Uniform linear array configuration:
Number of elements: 64
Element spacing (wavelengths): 0.25
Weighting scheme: blackman
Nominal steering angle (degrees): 60
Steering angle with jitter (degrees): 59.341
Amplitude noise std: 0.05
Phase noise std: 0.05

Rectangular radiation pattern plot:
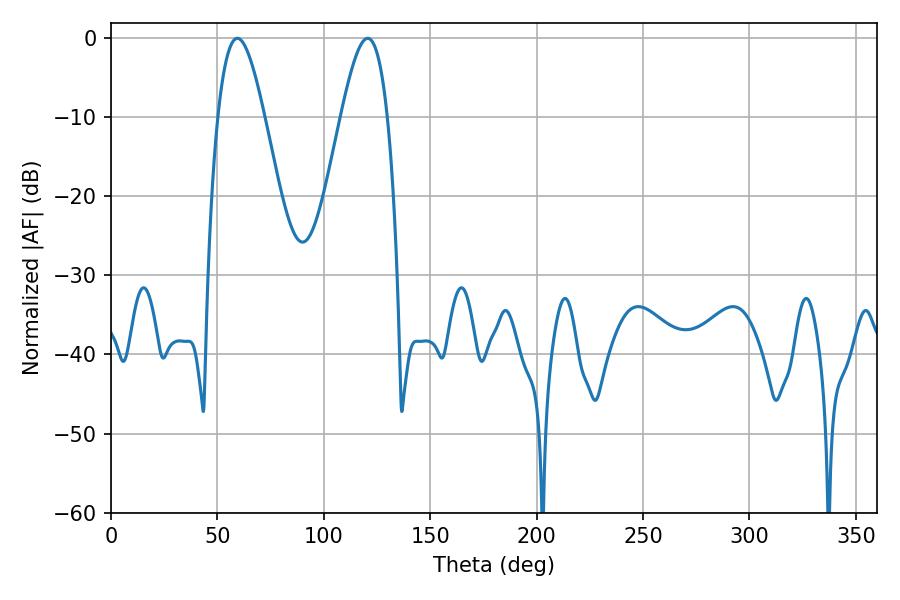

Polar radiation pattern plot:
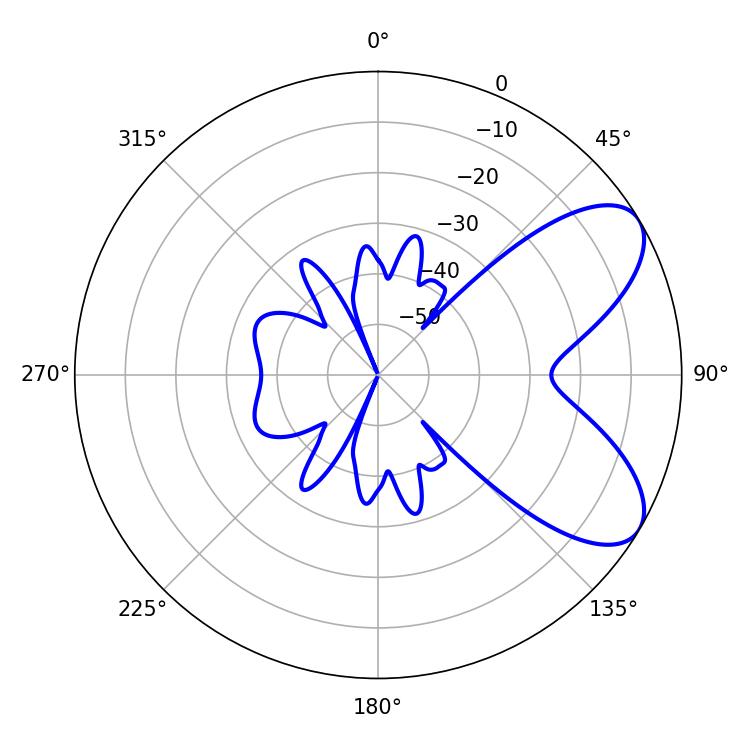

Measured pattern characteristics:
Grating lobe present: FALSE
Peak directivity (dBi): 7.1
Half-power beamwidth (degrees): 11.88
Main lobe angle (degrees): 59.4